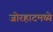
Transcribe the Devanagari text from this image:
जोरहाटमध्ये